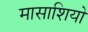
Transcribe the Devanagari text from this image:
मासाशियो